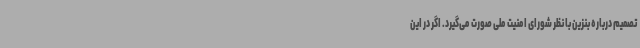
تصمیم درباره بنزین با نظر شورای امنیت ملی صورت می‌گیرد. اگر در این